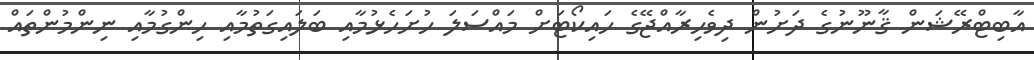
އާބިޓްރޭޝަން ޤާނޫނުގެ ދަށުން ދިވެހިރާއްޖޭގެ ހައިކޯޓަށް މައްސަލަ ހުށަހެޅުމާއި ބަލައިގަތުމާއި ހިންގުމާއި ނިންމުންތައް